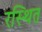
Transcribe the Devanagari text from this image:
रस्थित